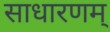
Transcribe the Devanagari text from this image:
साधारणम्